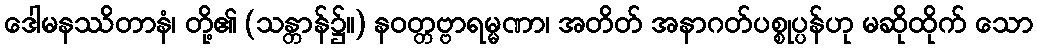
ဒေါမနဿိတာနံ၊ တို့၏ (သန္တာန်၌။) နဝတ္တဗ္ဗာရမ္မဏာ၊ အတိတ် အနာဂတ်ပစ္စုပ္ပန်ဟု မဆိုထိုက် သော